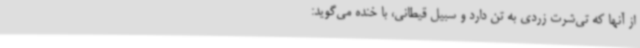
از آنها که تی‌شرت زردی به تن دارد و سبیل قیطانی، با خنده می‌گوید: